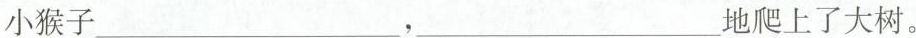
小猴子___，___地爬上了大树。